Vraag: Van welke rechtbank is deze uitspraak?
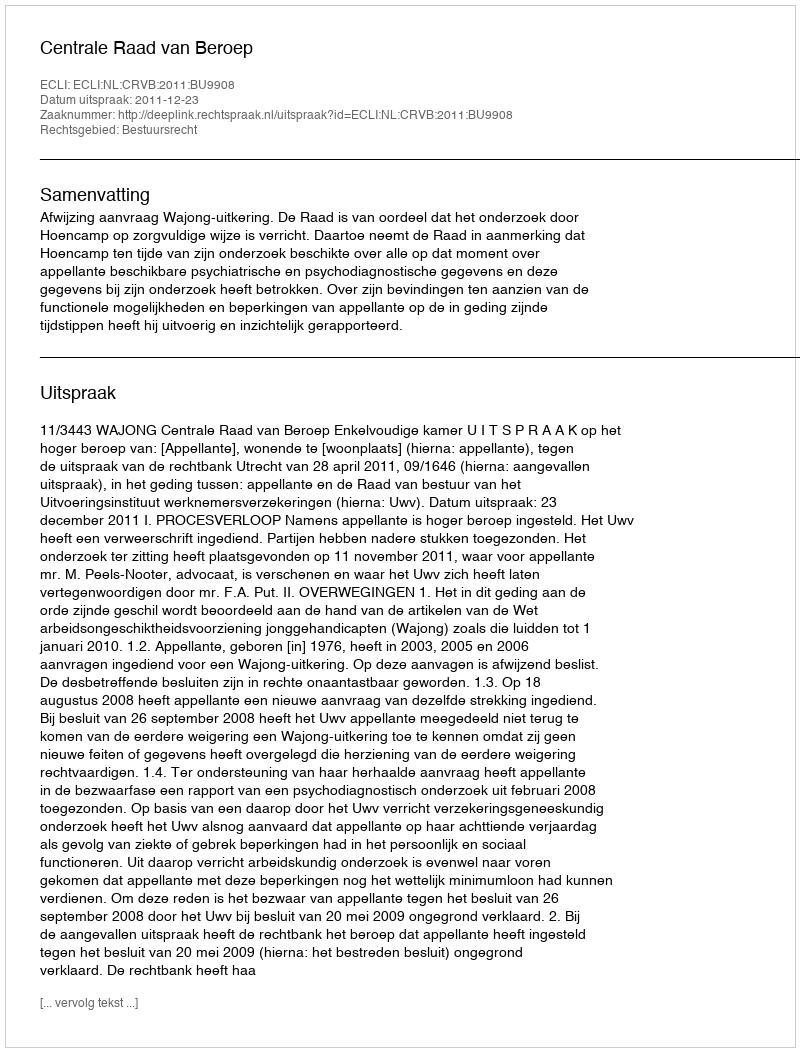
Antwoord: Centrale Raad van Beroep